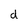
Character: d